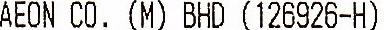
AEON CO. (M) BHD (126926-H)